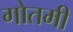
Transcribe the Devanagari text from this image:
गोतमी